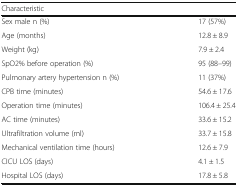
<table><thead><tr><td colspan="2"><b>Characteristic</b></td></tr></thead><tbody><tr><td>Sex male n (%)</td><td>17 (57%)</td></tr><tr><td>Age (months)</td><td>12.8 ± 8.9</td></tr><tr><td>Weight (kg)</td><td>7.9 ± 2.4</td></tr><tr><td>SpO2% before operation (%)</td><td>95 (88–99)</td></tr><tr><td>Pulmonary artery hypertension n (%)</td><td>11 (37%)</td></tr><tr><td>CPB time (minutes)</td><td>54.6 ± 17.6</td></tr><tr><td>Operation time (minutes)</td><td>106.4 ± 25.4</td></tr><tr><td>AC time (minutes)</td><td>33.6 ± 15.2</td></tr><tr><td>Ultrafiltration volume (ml)</td><td>33.7 ± 15.8</td></tr><tr><td>Mechanical ventilation time (hours)</td><td>12.6 ± 7.9</td></tr><tr><td>CICU LOS (days)</td><td>4.1 ± 1.5</td></tr><tr><td>Hospital LOS (days)</td><td>17.8 ± 5.8</td></tr></tbody></table>